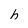
Character: h